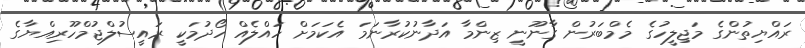
ރައްޔިތުންގެ މަޖިލީހުގެ މެމްބަރުން ގާނޫނީ ޒިންމާ އަދާނުކުރާނަމަ އެކަމަށް ހައްލެއް ހޯދުމަކީ ރައީސުލްޖުމްހޫރިއްޔާގެ